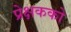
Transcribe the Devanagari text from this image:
प्रेक्षकको